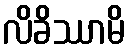
လိခိဿာမိ